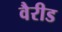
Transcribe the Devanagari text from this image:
वैरीड